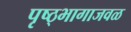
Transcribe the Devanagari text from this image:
पृष्ठ्भागाजवळ